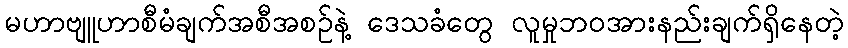
မဟာဗျူဟာစီမံချက်အစီအစဉ်နဲ့ ဒေသခံတွေ လူမှုဘဝအားနည်းချက်ရှိနေတဲ့